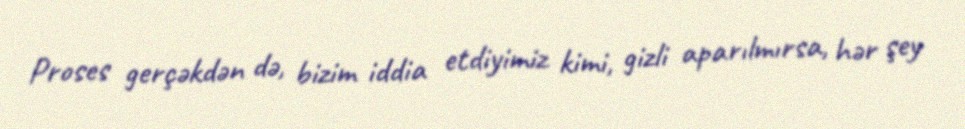
Proses gerçəkdən də, bizim iddia etdiyimiz kimi, gizli aparılmırsa, hər şey